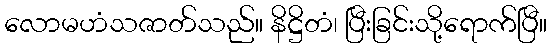
လောမဟံသဇာတ်သည်။ နိဋ္ဌိတံ၊ ပြီးခြင်းသို့ရောက်ပြီ။